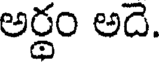
అర్థం అదె.